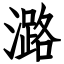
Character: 潞